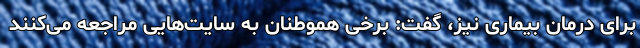
برای درمان بیماری نیز، گفت: برخی هموطنان به سایت‌هایی مراجعه می‌کنند